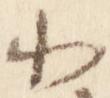
北